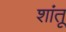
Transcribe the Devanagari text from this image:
शांतू